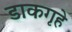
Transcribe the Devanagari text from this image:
डाकगृहे